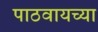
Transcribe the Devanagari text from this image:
पाठवायच्या